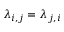
\lambda _ { i , j } = \lambda _ { j , i }